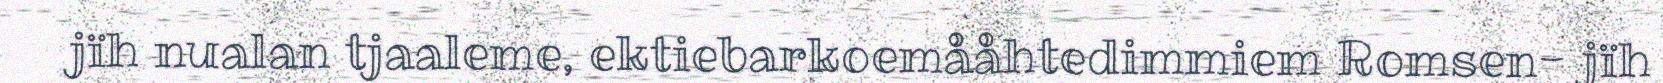
jïh nualan tjaaleme, ektiebarkoemååhtedimmiem Romsen- jïh